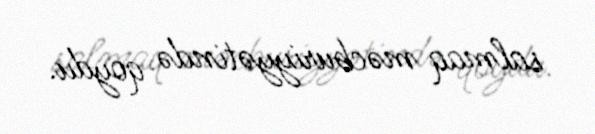
salmaq məcburiyyətində qoydu.